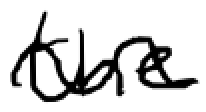
Text: the
Cross-out: wave
Writing tool: digital_black